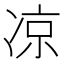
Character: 凉